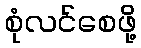
စုံလင်စေဖို့